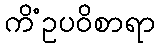
ကိံဥပဝိစာရာ